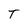
Character: T